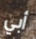
أبي